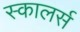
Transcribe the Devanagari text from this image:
स्कालर्स